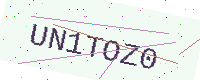
Text: UN1TOZ0